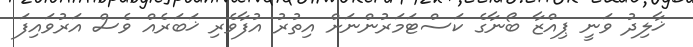
ޚާލިދު ވަނީ ޕިއްޒާ ބޯނާގެ ކަސްޓަމަރުންނަށް އިތުރު އުފާވެރި ޚަބަރެއް ވެސް އަރުވައިފަ